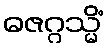
ဓဇဂ္ဂသ္မိံ